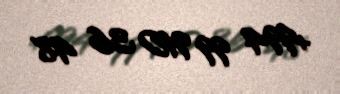
+994 99 910 36 48